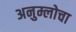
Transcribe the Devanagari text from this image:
अनुम्लोचा